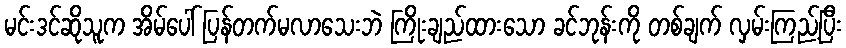
မင်းဒင်ဆိုသူက အိမ်ပေါ် ပြန်တက်မလာသေးဘဲ ကြိုးချည်ထားသော ခင်ဘုန်းကို တစ်ချက် လှမ်းကြည့်ပြီး